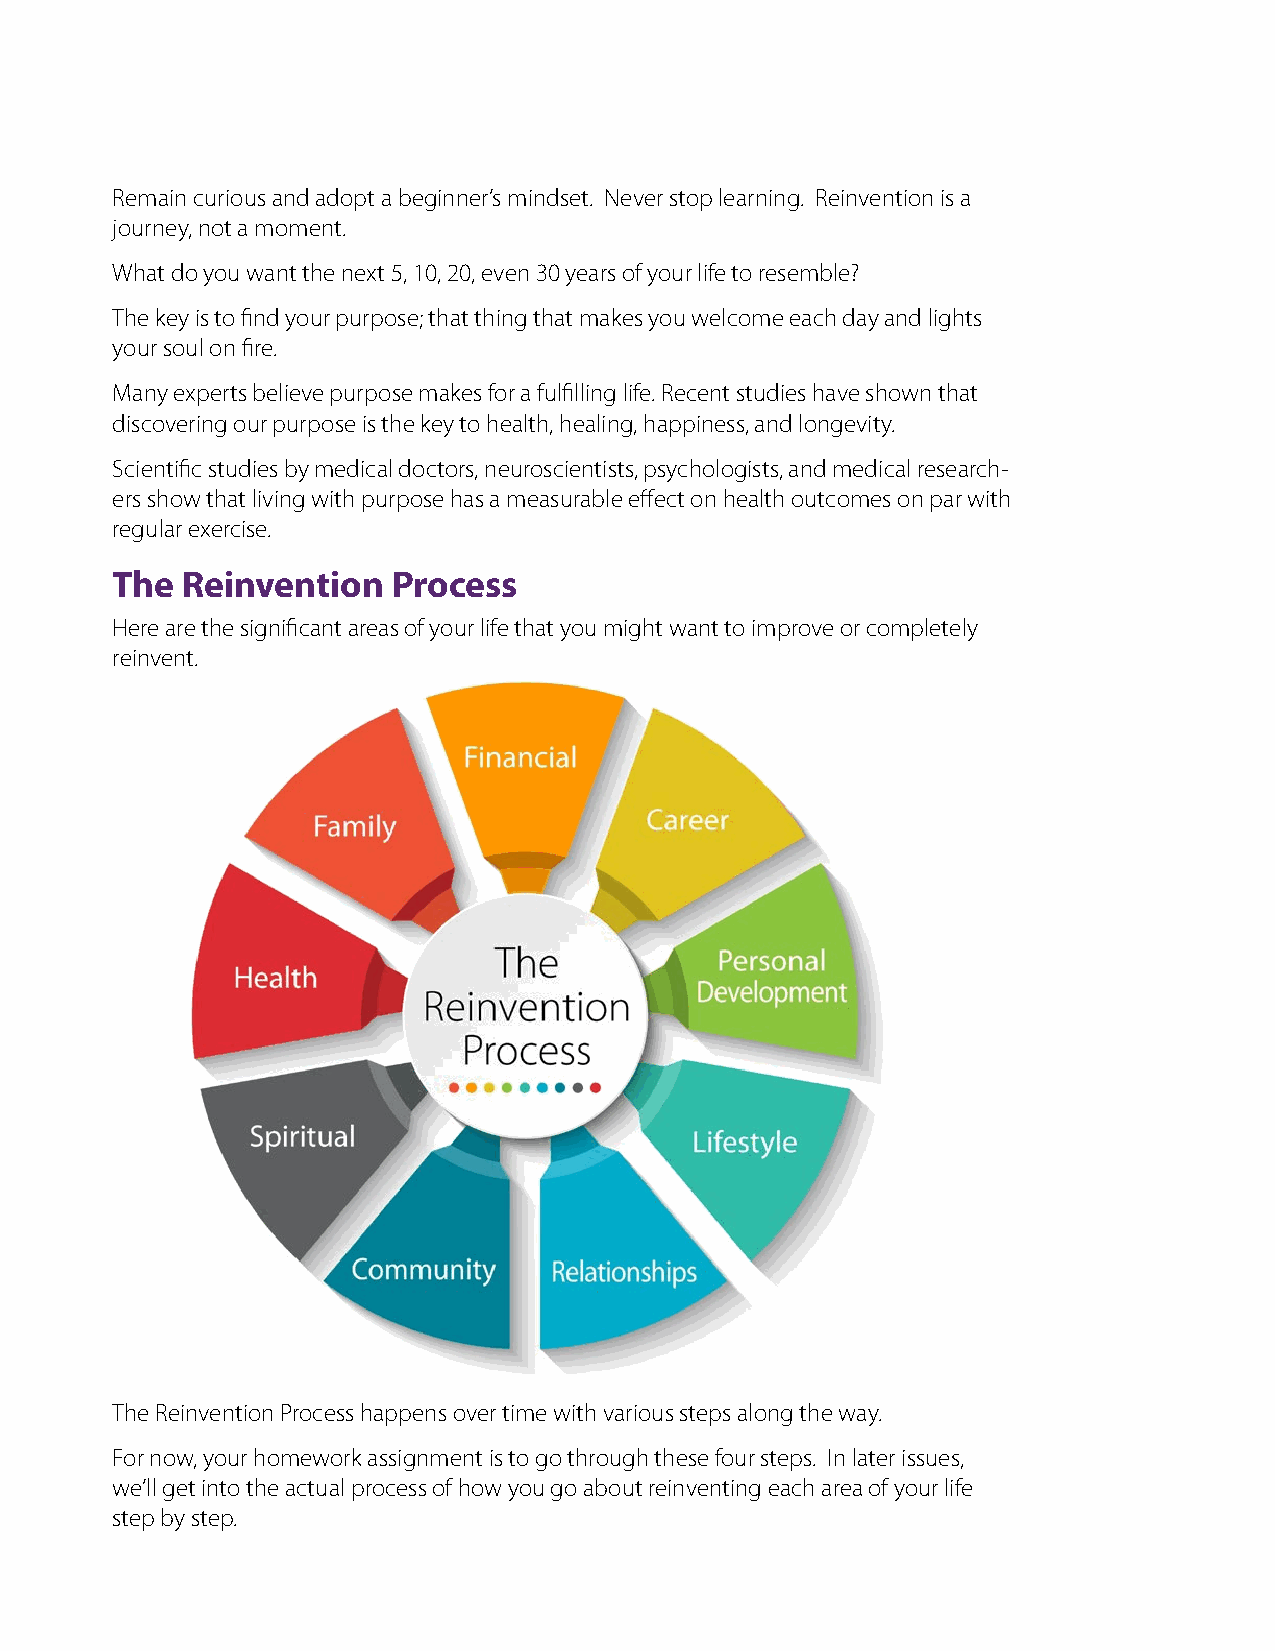
Remain curious and adopt a beginner’s mindset. Never stop learning. Reinvention is a
 journey, not a moment.
 What do you want the next 5, 10, 20, even 30 years of your life to resemble?
 The key is to find your purpose; that thing that makes you welcome each day and lights
 your soul on fire.
 Many experts believe purpose makes for a fulfilling life. Recent studies have shown that
 discovering our purpose is the key to health, healing, happiness, and longevity.
 Scientific studies by medical doctors, neuroscientists, psychologists, and medical research-
 ers show that living with purpose has a measurable effect on health outcomes on par with
 regular exercise.
 The  Reinvention   Process
 Here are the significant areas of your life that you might want to improve or completely
 reinvent.
 The Reinvention Process happens over time with various steps along the way.
 For now, your homework assignment is to go through these four steps. In later issues,
 we’ll get into the actual process of how you go about reinventing each area of your life
 step by step.